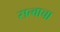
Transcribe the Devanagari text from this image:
सत्वाचा